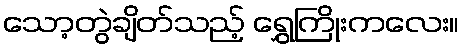
သော့တွဲချိတ်သည့် ရွှေကြိုးကလေး။